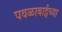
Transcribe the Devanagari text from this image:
पवळाबाईच्या